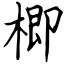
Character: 楖